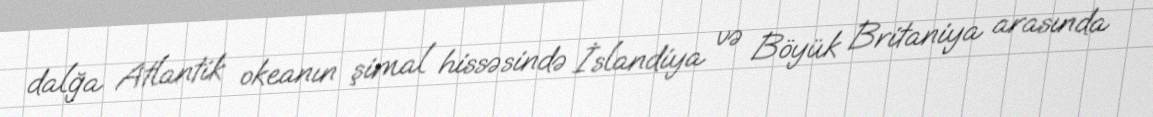
dalğa Atlantik okeanın şimal hissəsində İslandiya və Böyük Britaniya arasında